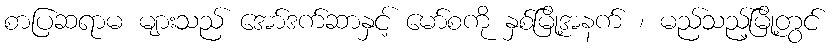
စာပြဆရာမ များသည် အော်ဒက်ဆာနှင့် မော်စကို နှစ်မြို့အနက် ၊ မည်သည့်မြို့တွင်